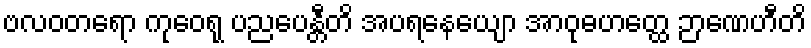
ဗလဝတရော ကုဝေရု ပညပေန္တီတိ အပရနေယျော အာဝုဓဟတ္ထေ ဉာဏေဟီတိ